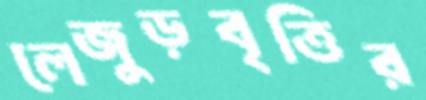
লেজুড়বৃত্তির